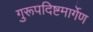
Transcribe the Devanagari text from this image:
गुरूपदिष्टमार्गेण